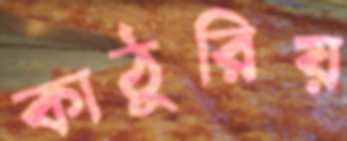
কাঠুরিয়